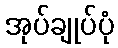
အုပ်ချုပ်ပုံ